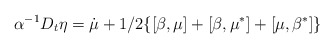
\begin{align*}\alpha^{-1}D_t\eta=\dot{\mu}+1/2\lbrace [\beta,\mu]+[\beta,\mu^{*}]+[\mu,\beta^{*}]\rbrace\end{align*}